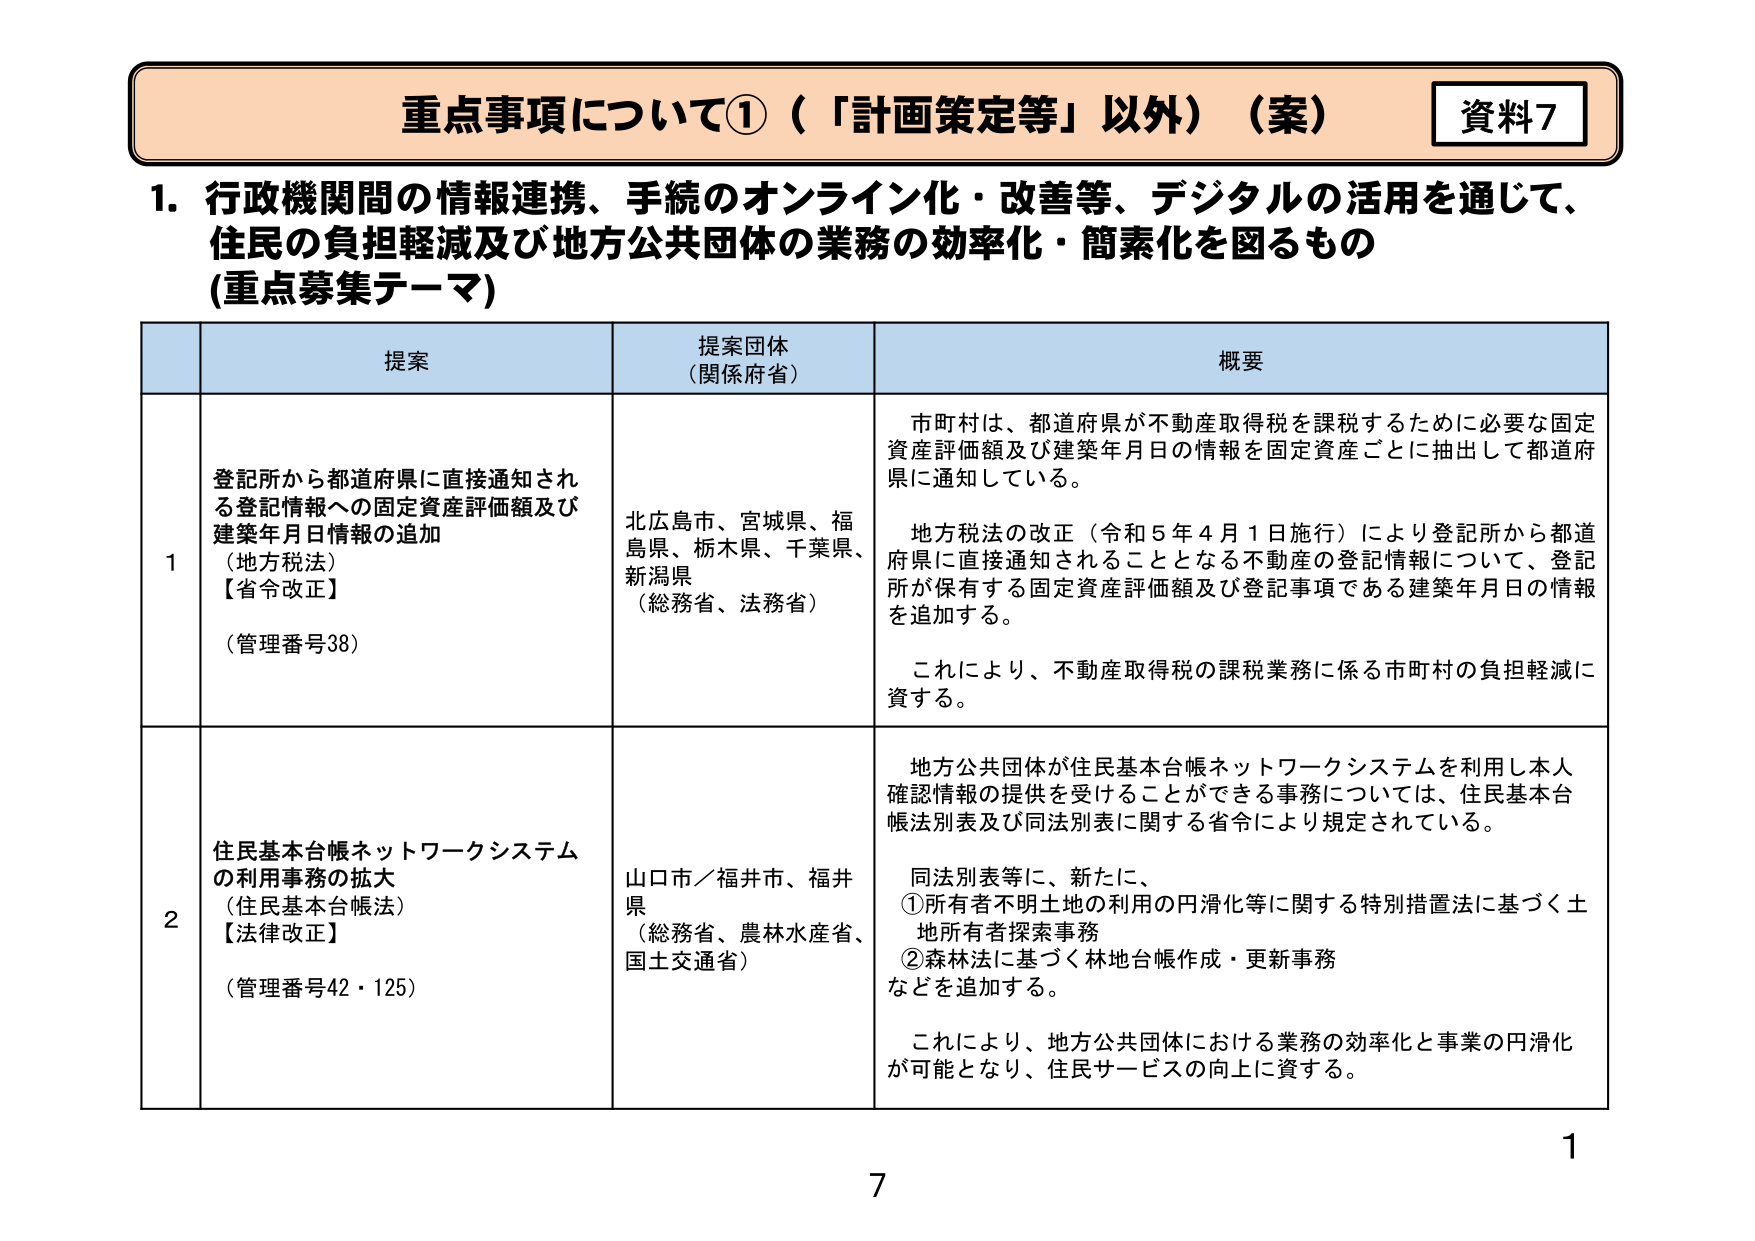
重点事項について①（「計画策定等」以外）（案） 資料7
1．行政機関間の情報連携、手続のオンライン化・改善等、デジタルの活用を通じて、
住民の負担軽減及び地方公共団体の業務の効率化・簡素化を図るもの
（重点募集テーマ）
提案 提案団体
（関係府省） 概要
1 登記所から都道府県に直接通知され
る登記情報への固定資産評価額及び
建築年月日情報の追加
（地方税法）
【省令改正】
（管理番号38） 北広島市、宮城県、福
島県、栃木県、千葉県、
新潟県
（総務省、法務省） 市町村は、都道府県が不動産取得税を課税するために必要な固定
資産評価額及び建築年月日の情報を固定資産ごとに抽出して都道府
県に通知している。
地方税法の改正（令和5年4月1日施行）により登記所から都道
府県に直接通知されることとなる不動産の登記情報について、登記
所が保有する固定資産評価額及び登記事項である建築年月日の情報
を追加する。
これにより、不動産取得税の課税業務に係る市町村の負担軽減に
資する。
2 住民基本台帳ネットワークシステム
の利用事務の拡大
（住民基本台帳法）
【法律改正】
（管理番号42・125） 山口市／福井市、福井
県
（総務省、農林水産省、
国土交通省） 地方公共団体が住民基本台帳ネットワークシステムを利用し本人
確認情報の提供を受けることができる事務については、住民基本台
帳法別表及び同法別表に関する省令により規定されている。
同法別表等に、新たに、
①所有者不明土地の利用の円滑化等に関する特別措置法に基づく土
地所有者探索事務
②森林法に基づく林地台帳作成・更新事務
などを追加する。
これにより、地方公共団体における業務の効率化と事業の円滑化
が可能となり、住民サービスの向上に資する。
1
7